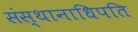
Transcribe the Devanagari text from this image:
संस्थानाधिपति